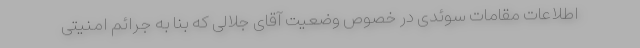
اطلاعات مقامات سوئدی در خصوص وضعیت آقای جلالی که بنا به جرائم امنیتی